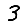
Digit: 3